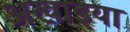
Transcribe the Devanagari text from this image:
अखाइया